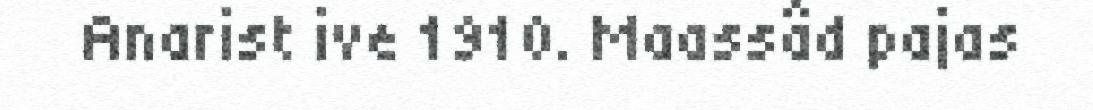
Anarist ive 1910. Maassâd pajas